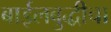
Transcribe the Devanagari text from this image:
बाईलबुद्धीचा